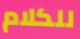
للكلام